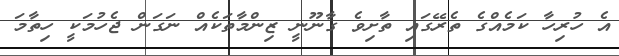
އެ ހުރިހާ ކަމެއްގެ ތެރޭގައި ތާށިވެ ގާނޫނީ ޒިންމާތަކެއް ނަގަން ޖެހުމަކީ ހިތާމަ